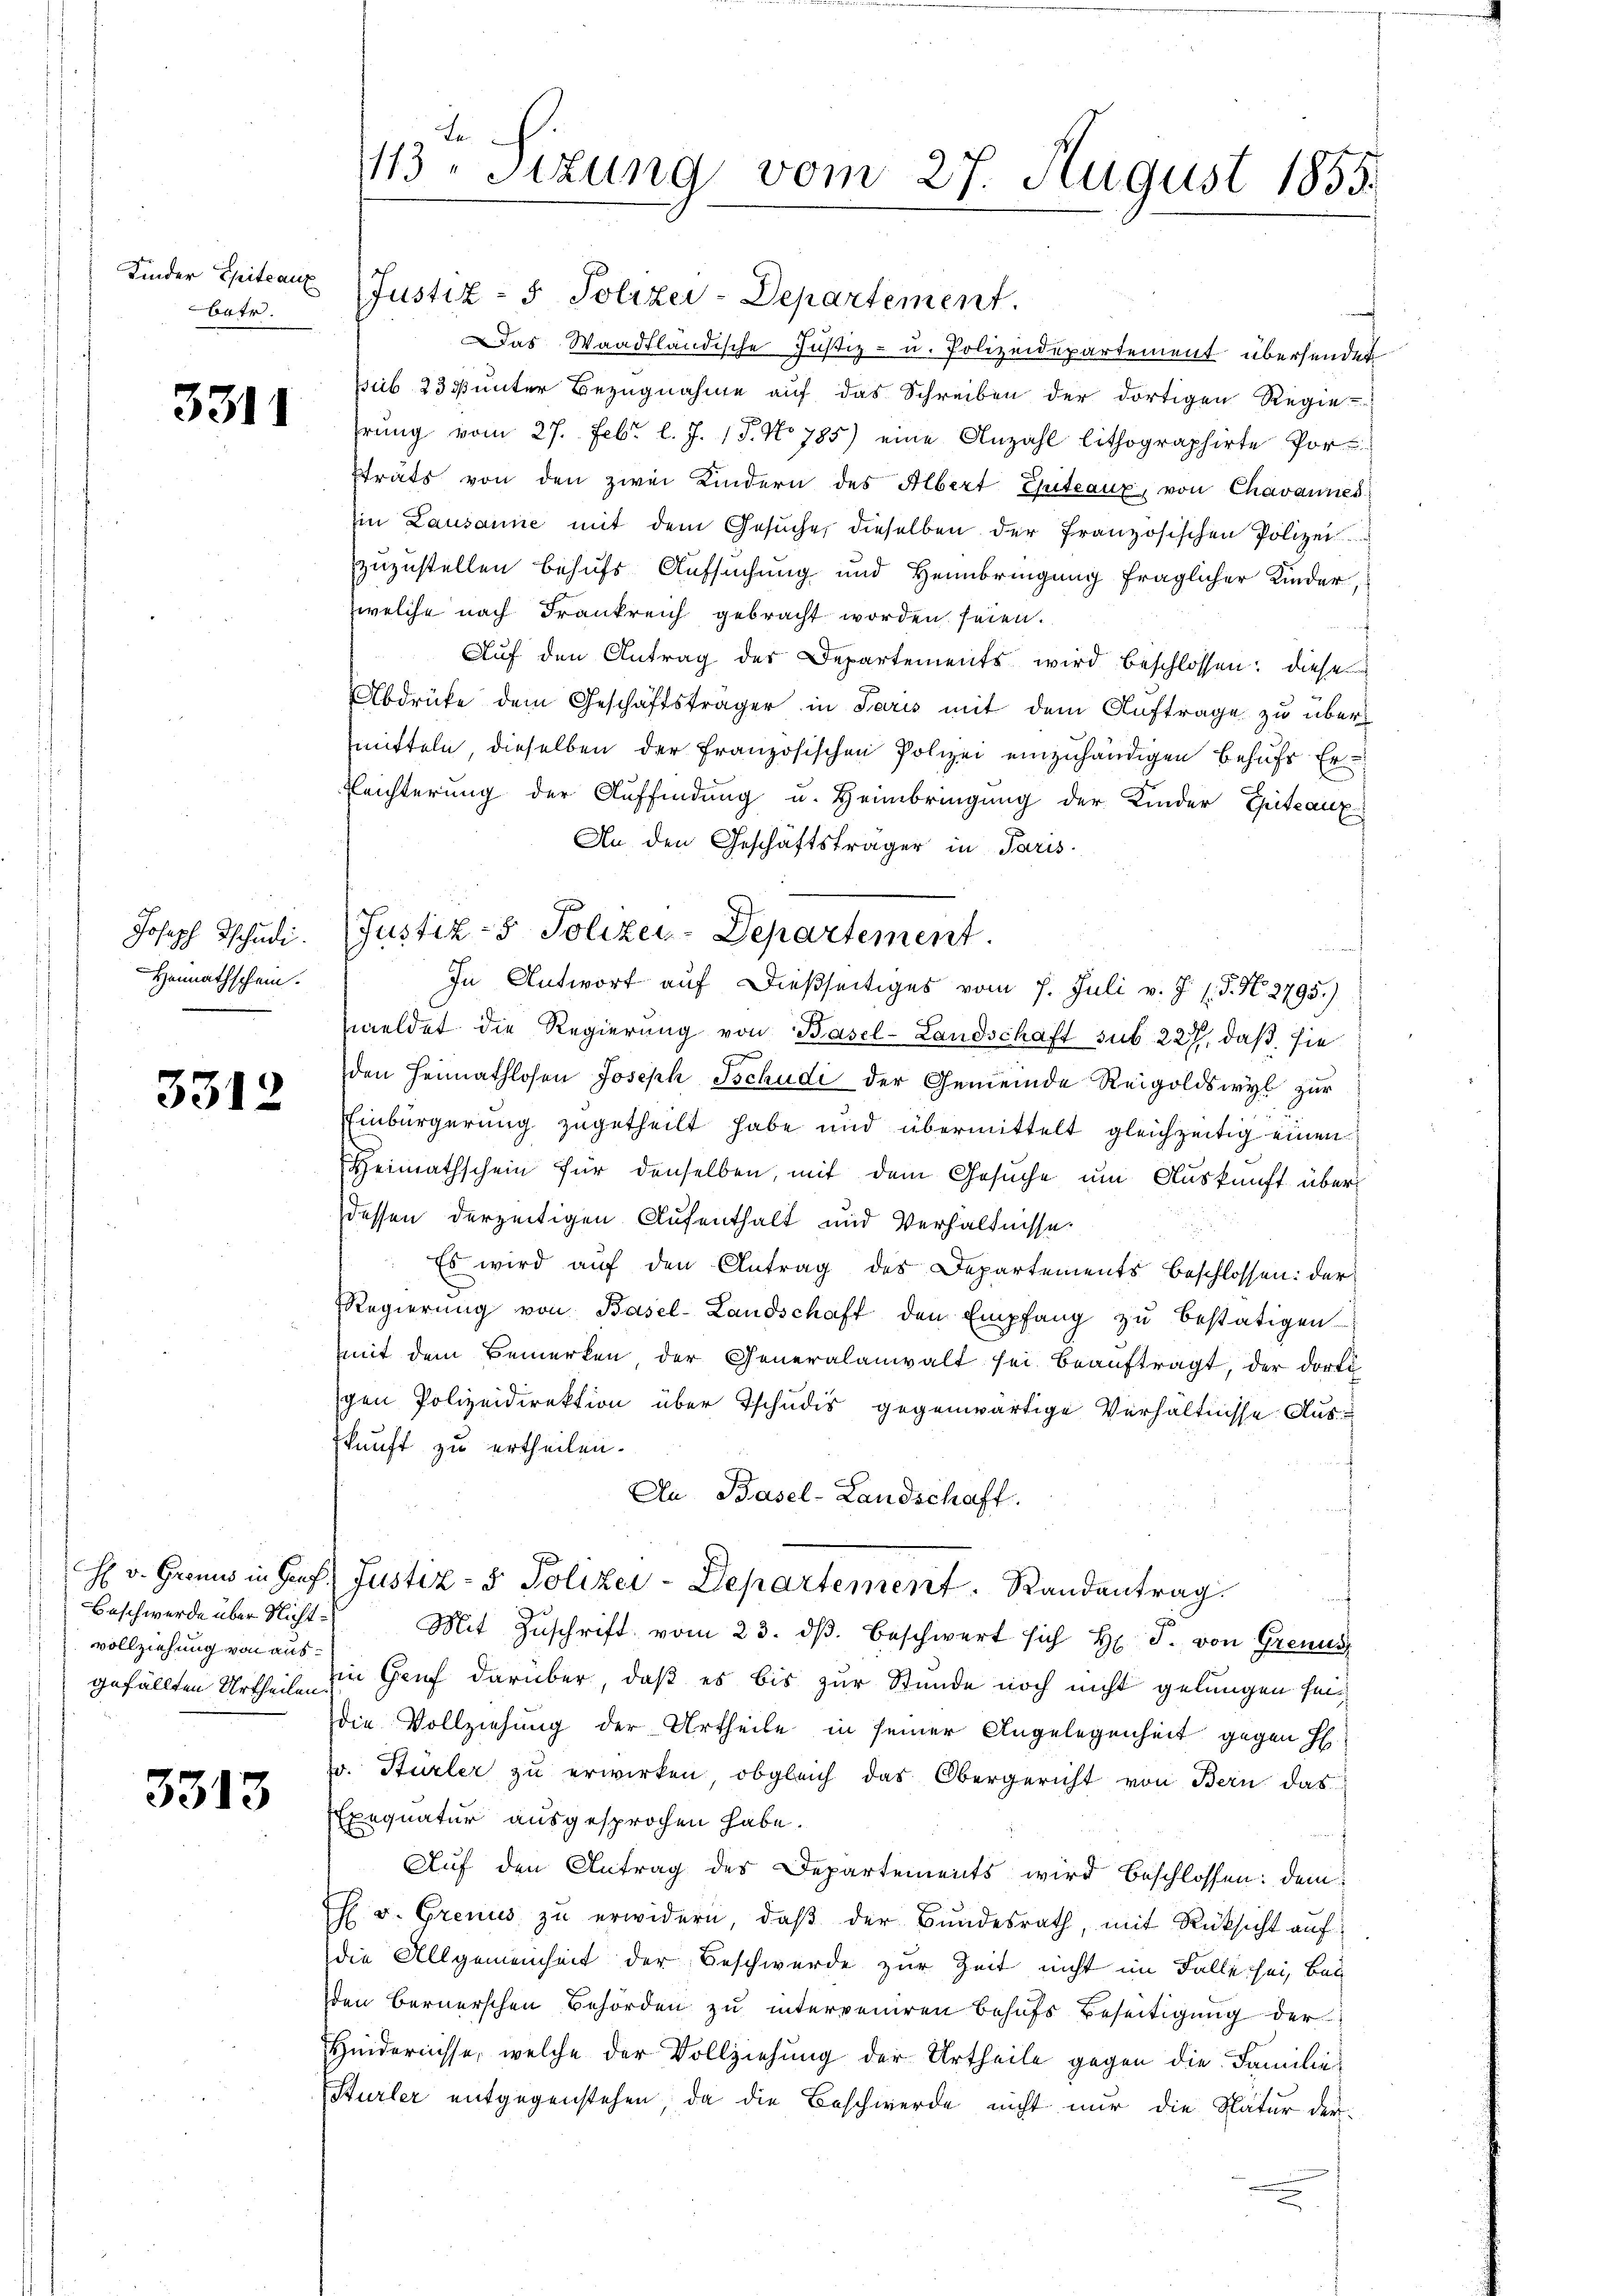
Kinder Epitcanz
batr.

3311

Joseph Tschudi.
Heimathschein.

3312

Beschwerde über Nichtvollziehung von aus¬

3313

113 Sizung vom 27. August 1855.

Justiz- & Polizei-Departement.
Das Waadtländische Justiz- u. Polizeidepartement übersendet
psub 235 unter Bezugnahme auf das Schreiben der dortigen Regie-
hrŭng vom 27. Febr. l. J. 18. No 785) eine Anzahl lithographirte Porstrats von den zwei Kindern des Albert Chiteaux, von Chavannes
Ein Lausanne mit dem Gesŭche, dieselben der Französischen Polizei
zuzustellen behufs Aufsuchung und Heimbringung fraglicher Kinder,
welche nach Frankreich gebracht worden seien.
Auf den Antrag der Departements wird beschlossen: diese
Abdrüke dem Geschäftsträger in Paris mit dem Auftrage zu übermitteln, dieselben der Französischen Polizei einzuhändigen behufs Er¬
Eleichterung der Auffindung u. Heimbringung der Kinder Epitcanz
An den Geschäftsträger in Paris.
In Antwort auf dießseitiges vom 7. Juli v. J. 1. P. N. 2795.)
meldet die Regierung von Basel-Landschaft sub 227, daß sie
den Heimathlosen Joseph Tschudi der Gemeinde Reigoldswyl zur
Einbürgerung zugetheilt habe und übermittelt gleichzeitig einen
Heimathschein für denselben, mit dem Gesŭche um Auskunft über
dessen derzeitigen Aufenthalt und Verhältnisse.
Es wird auf den Antrag des Departements beschlossen: der
Regierŭng von Basel-Landschaft den Empfang zŭ bestätigen
mit dem Bemerken, der Generalanwalt sei beauftragt, der dort
gen Polizeidirektion über Tschudis gegenwärtige Verhältnisse Auskunft zu ertheilen.
An Basel-Landschaft.
H v. Grenus in Genf, Justiz- & Polizei-Departement  .   Randantrag
Mit Zuschrift vom 23. ds. beschwert sich H. F. von Grenus
gefällten Urtheile in Genf darüber, daß es bis zur Stunde noch nicht gelungen sei.
die Vollziehung der Urtheile in seiner Angelegenheit gegen H
r. Stürler zu erwirken, obgleich das Obergericht von Bern das
Exequatur ausgesprochen habe.
Auf den Antrag des Departements wird beschlossen: dem
h v. Grenis zŭ erwidern, daβ der Bŭndesrath, mit Rücksicht auf:
die Allgemeinheit der Beschwerde zur Zeit nicht im Falle sei, Bal
den Bernerschen Behörden zu interveniren Behufs Beseitigung der
Hindernisse, welche der Vollziehung der Urtheile gegen die Familie
Stürler entgegenstehen, da die Beschwerde nicht nur die Natur der

Justiz- & Polizey-Departement